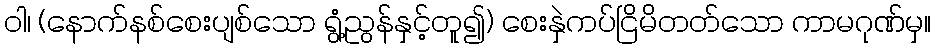
ဝါ၊ (နောက်နစ်စေးပျစ်သော ရွံ့ညွန်နှင့်တူ၍) စေးနှဲကပ်ငြိမိတတ်သော ကာမဂုဏ်မှ။